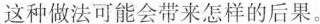
这种做法可能会带来怎样的后果。